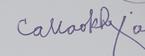
Signature authenticity: genuine